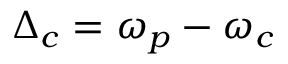
\Delta _ { c } = \omega _ { p } - \omega _ { c }